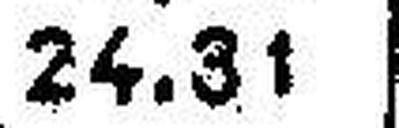
24.31